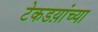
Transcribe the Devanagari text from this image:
टेकडय़ांच्या